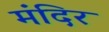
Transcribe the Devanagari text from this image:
मंंदिर